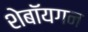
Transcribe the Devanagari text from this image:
शेबॉयगन